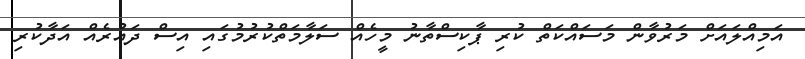
އަމިއްލައަށް މަރުވާން މަސައްކަތް ކުރި ޕާކިސްތާނު މީހެއް ސަލާމަތްކުރުމުގައި އިސް ދައުރެއް އަދާކުރި